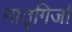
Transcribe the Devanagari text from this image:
मातृगिर्जा